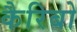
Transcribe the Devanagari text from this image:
कैरिबो